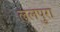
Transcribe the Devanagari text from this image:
ललपुरा